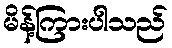
မိန့်ကြားပါသည်